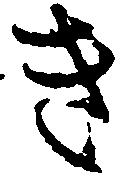
き